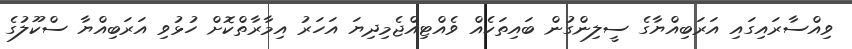
ވިއްސާރައިގައި އަރަބިއްޔާގެ ސީލިންގުން ބައިތަކެއް ވެއްޓިއްޖެމިދިޔަ އަހަރު އިމާރާތްކޮށް ހުޅުވި އަރަބިއްޔާ ސްކޫލުގެ